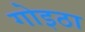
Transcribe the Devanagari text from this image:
गोइठा